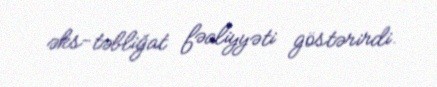
əks-təbliğat fəaliyyəti göstərirdi.